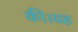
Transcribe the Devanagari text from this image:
की।यह